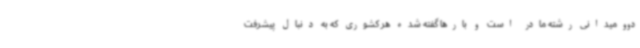
دوومیدانی رشته مادر است و بارها گفته شده هر کشوری که به دنبال پیشرفت